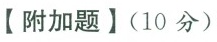
【附加题】(10分)